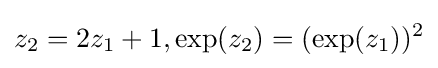
z_{2}=2z_{1}+1,\exp(z_{2})=(\exp(z_{1}))^{2}